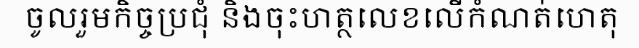
ចូលរួមកិច្ចប្រជុំ និងចុះហត្ថលេខលើកំណត់ហេតុ